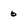
Character: 6